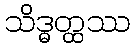
သိဒ္ဓတ္ထဿ